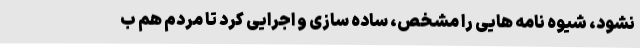
نشود، شیوه نامه هایی را مشخص، ساده سازی و اجرایی کرد تا مردم هم ب